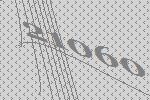
21060